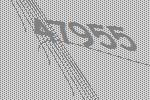
47955